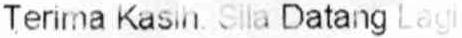
TERIMA KASIH. SILA DATANG LAGI